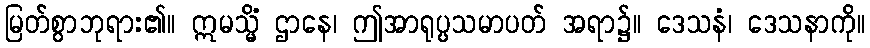
မြတ်စွာဘုရား၏။ ဣမသ္မိံ ဌာနေ၊ ဤအာရုပ္ပသမာပတ် အရာ၌။ ဒေသနံ၊ ဒေသနာကို။